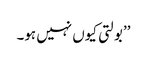
’’بولتی کیوں نہیں ہو۔